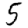
Digit: 5